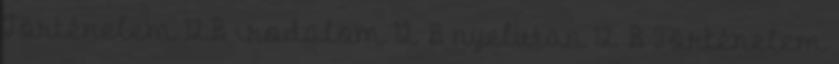
Történelem 12.B irodalom 12. B nyelvtan 12. B Történelem